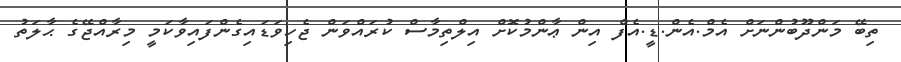
ތިބޭ މަންދޫބުންނަށް އެމް.އެން.ޑީ.އެފް އިން ޢާންމުކޮށް އިލްތިމާސް ކުރައްވަން ޖެހިވަޑައިގެންފައިވާކަމީ މިރާއްޖޭގެ ޙާލަތު